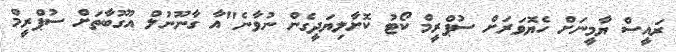
ރައީސް ޔާމީނަށް ހެޔޮވަރަށް ސުޕްރީމް ކޯޓު ކޮށާލިޔަދީގެން ނުވާނެ"އާ ގާނޫނުލް އުގޫބާތަށް ސުޕްރީމް